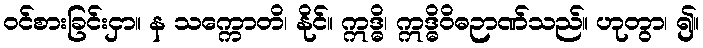
ဝင်စားခြင်းငှာ။ န သက္ကောတိ၊ နိုင်။ ဣဒ္ဓိ၊ ဣဒ္ဓိဝိဓဉာဏ်သည်။ ဟုတွာ၊ ၍။